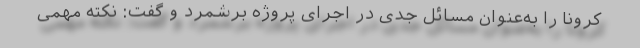
کرونا را به‌عنوان مسائل جدی در اجرای پروژه برشمرد و گفت: نکته مهمی